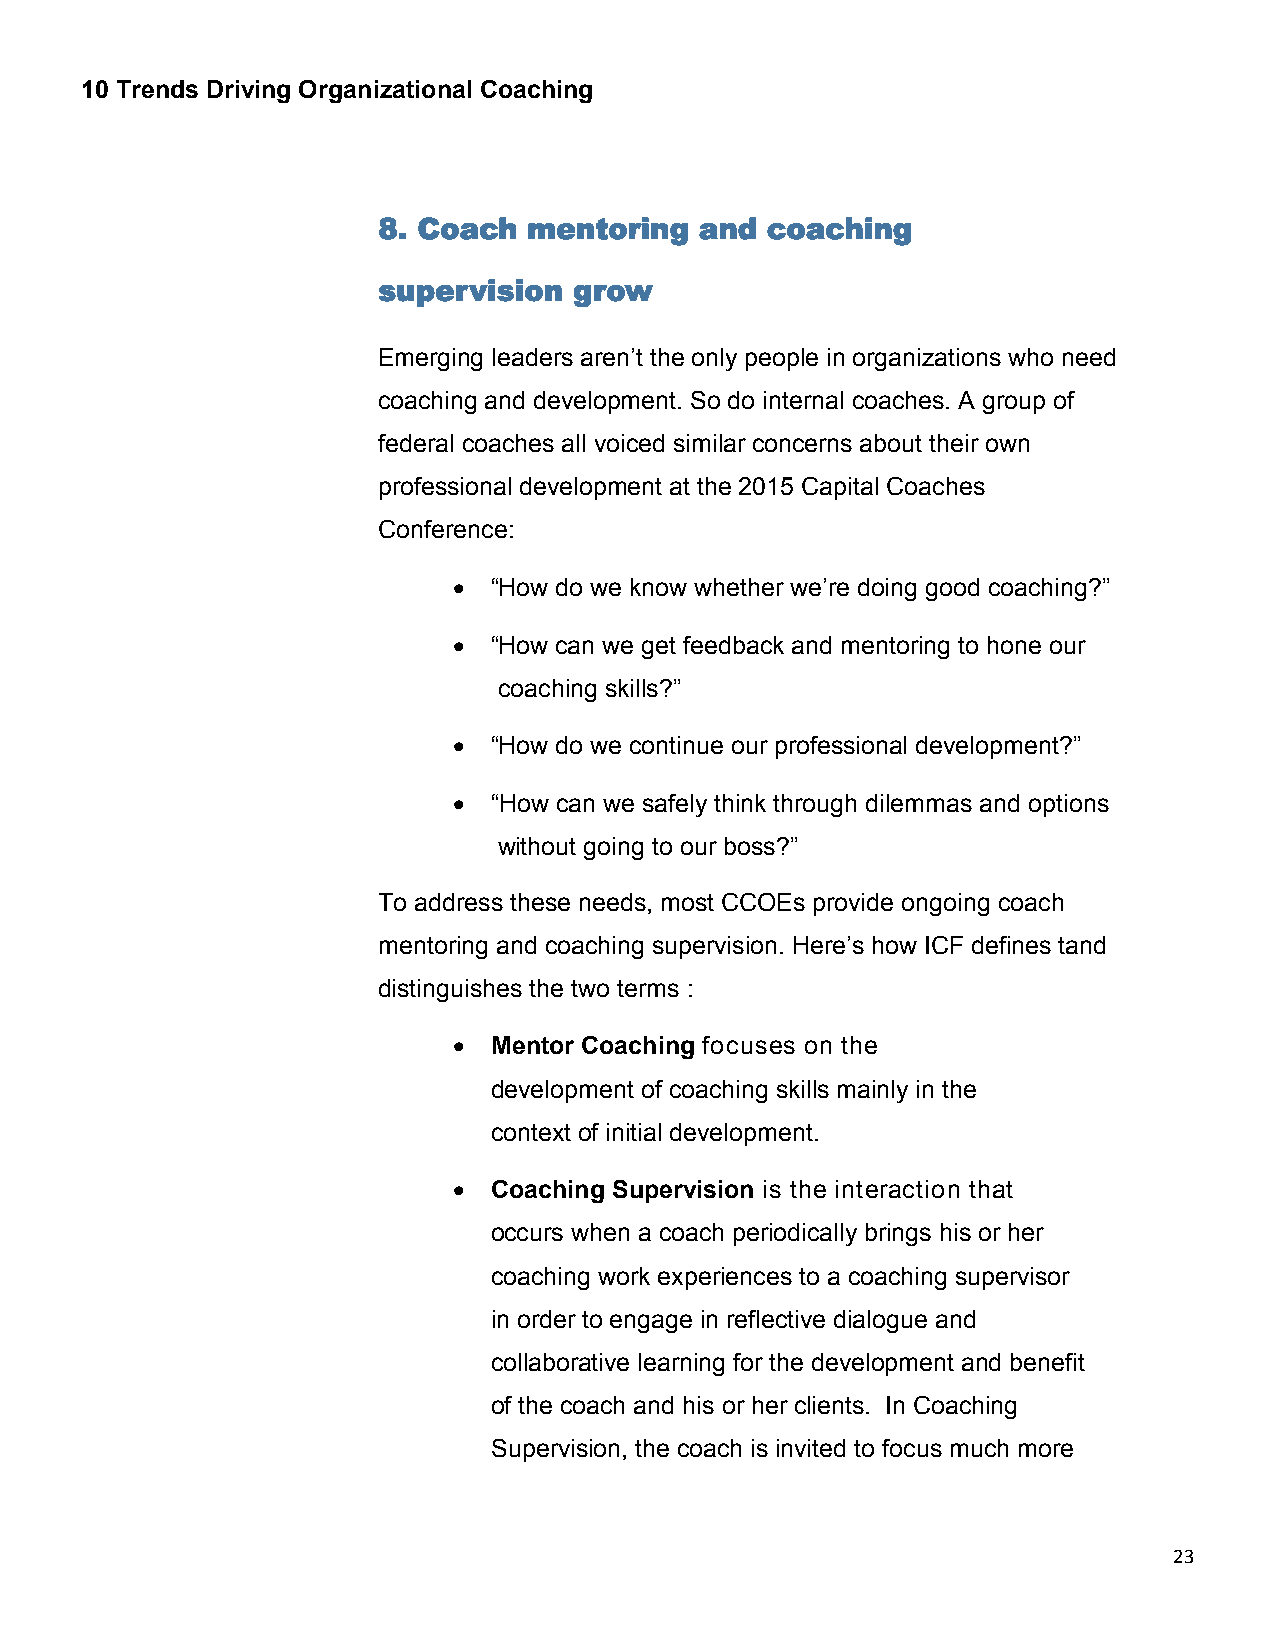
10 Trends Driving Organizational Coaching
 8. Coach  mentoring  and  coaching
 supervision  grow
 Emerging leaders aren’t the only people in organizations who need
 coaching and development. So do internal coaches. A group of
 federal coaches all voiced similar concerns about their own
 professional development at the 2015 Capital Coaches
 Conference:
  “How do we know whether we’re doing good coaching?”
  “How can we get feedback and mentoring to hone our
 coaching skills?”
  “How do we continue our professional development?”
  “How can we safely think through dilemmas and options
 without going to our boss?”
 To address these needs, most CCOEs provide ongoing coach
 mentoring and coaching supervision. Here’s how ICF defines tand
 distinguishes the two terms :
  Mentor Coaching focuses on the
 development of coaching skills mainly in the
 context of initial development.
  Coaching Supervision is the interaction that
 occurs when a coach periodically brings his or her
 coaching work experiences to a coaching supervisor
 in order to engage in reflective dialogue and
 collaborative learning for the development and benefit
 of the coach and his or her clients. In Coaching
 Supervision, the coach is invited to focus much more
 23